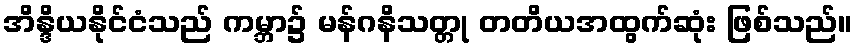
အိန္ဒိယနိုင်ငံသည် ကမ္ဘာ၌ မန်ဂနိသတ္တု တတိယအထွက်ဆုံး ဖြစ်သည်။